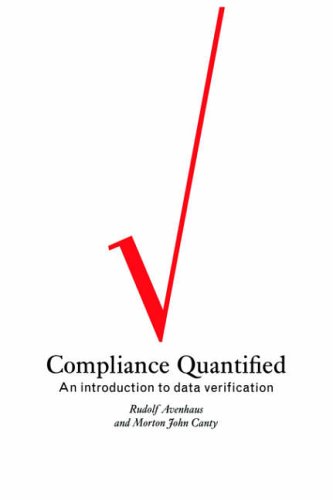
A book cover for Compliance Quantified: An Introduction to Data Verification; Rudolf Avenhaus; Engineering & Transportation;